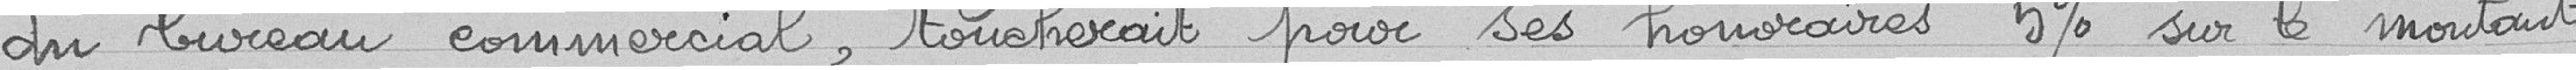
du bureau commercial, toucherait pour ses honoraires 5 % sur le montant